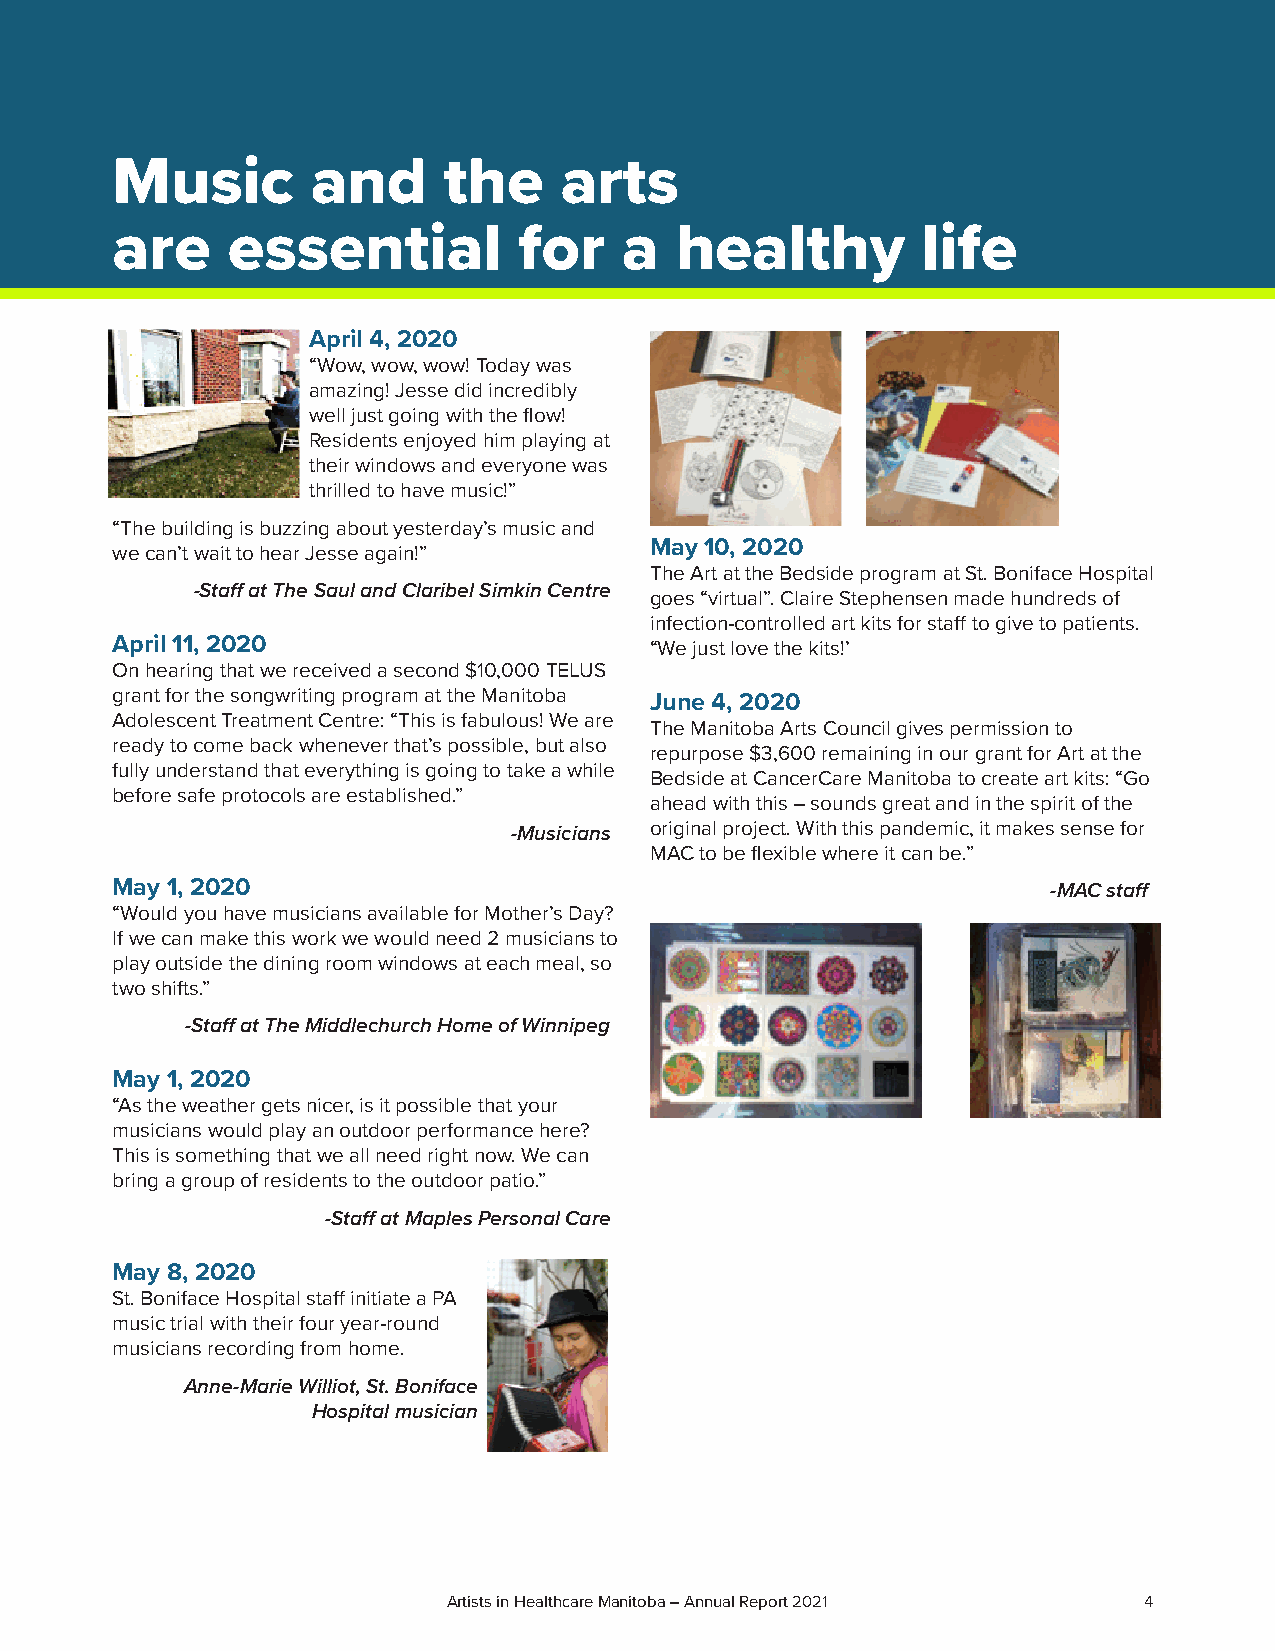
Music         and     the     arts
 are     essential          for    a   healthy         life
 April 4, 2020
 “Wow, wow, wow! Today was
 amazing! Jesse did incredibly
 well just going with the flow!
 Residents enjoyed him playing at
 their windows and everyone was
 thrilled to have music!”
 “The building is buzzing about yesterday’s music and
 May 10, 2020
 we can’t wait to hear Jesse again!”
 The Art at the Bedside program at St. Boniface Hospital
 -Staff at The Saul and Claribel Simkin Centre
 goes “virtual”. Claire Stephensen made hundreds of
 infection-controlled art kits for staff to give to patients.
 April 11, 2020                      “We just love the kits!’
 On hearing that we received a second $10,000 TELUS
 grant for the songwriting program at the Manitoba June 4, 2020
 Adolescent Treatment Centre: “This is fabulous! We are
 The Manitoba Arts Council gives permission to
 ready to come back whenever that’s possible, but also
 repurpose $3,600 remaining in our grant for Art at the
 fully understand that everything is going to take a while
 Bedside at CancerCare Manitoba to create art kits: “Go
 before safe protocols are established.”
 ahead with this – sounds great and in the spirit of the
 -Musicians original project. With this pandemic, it makes sense for
 MAC to be flexible where it can be.”
 May 1, 2020                                                    -MAC staff
 “Would you have musicians available for Mother’s Day?
 If we can make this work we would need 2 musicians to
 play outside the dining room windows at each meal, so
 two shifts.”
 -Staff at The Middlechurch Home of Winnipeg
 May 1, 2020
 “As the weather gets nicer, is it possible that your
 musicians would play an outdoor performance here?
 This is something that we all need right now. We can
 bring a group of residents to the outdoor patio.”
 -Staff at Maples Personal Care
 May 8, 2020
 St. Boniface Hospital staff initiate a PA
 music trial with their four year-round
 musicians recording from home.
 Anne-Marie Williot, St. Boniface
 Hospital musician
 Artists in Healthcare Manitoba – Annual Report 2021 4